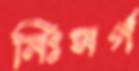
নিঃসর্গ